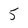
Character: 5